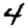
Digit: 4